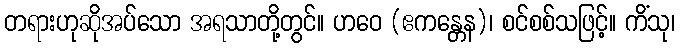
တရားဟုဆိုအပ်သော အရသာတို့တွင်။ ဟဝေ (ဧကန္တေန)၊ စင်စစ်သဖြင့်။ ကိံသု၊